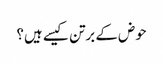
حوض کے برتن کیسے ہیں؟